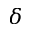
\delta